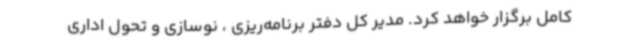
کامل برگزار خواهد کرد. مدیر کل دفتر برنامه‌ریزی ، نوسازی و تحول اداری